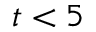
t < 5